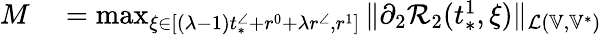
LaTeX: \begin{array}{rl}{M}&{{}=\operatorname*{max}_{\xi\in[(\lambda-1)t_{*}^{\angle}+r^{0}+\lambda r^{\angle},r^{1}]}\| \partial_{2}\mathcal{R}_{2}(t_{*}^{1},\xi)\| _{\mathcal{L}(\mathbb{V},\mathbb{V}^{*})}}\end{array}